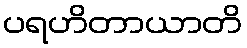
ပရဟိတာယာတိ